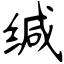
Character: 缄